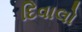
દિવાલો